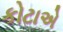
કોટાએ